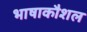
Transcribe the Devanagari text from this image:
भाषाकौशल